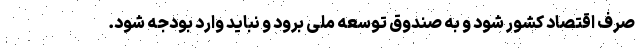
صرف اقتصاد کشور شود و به صندوق توسعه ملی برود و نباید وارد بودجه شود.